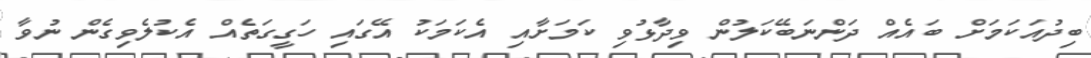
ބިދުއަކަަމަށް ބައެއް ދަންނަބޭކަލުން ވިދާޅުވި ކަމަށާއި އެކަމަކު އޭގައި ހަގީގަތެއް އެކުލެވިގެން ނުވާ